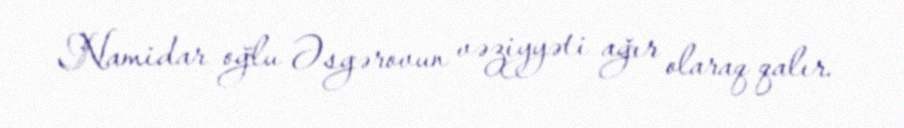
Namidar oğlu Əsgərovun vəziyyəti ağır olaraq qalır.